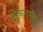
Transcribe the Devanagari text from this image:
नेत्यांवरील